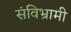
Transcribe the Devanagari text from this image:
संविभ्रामी